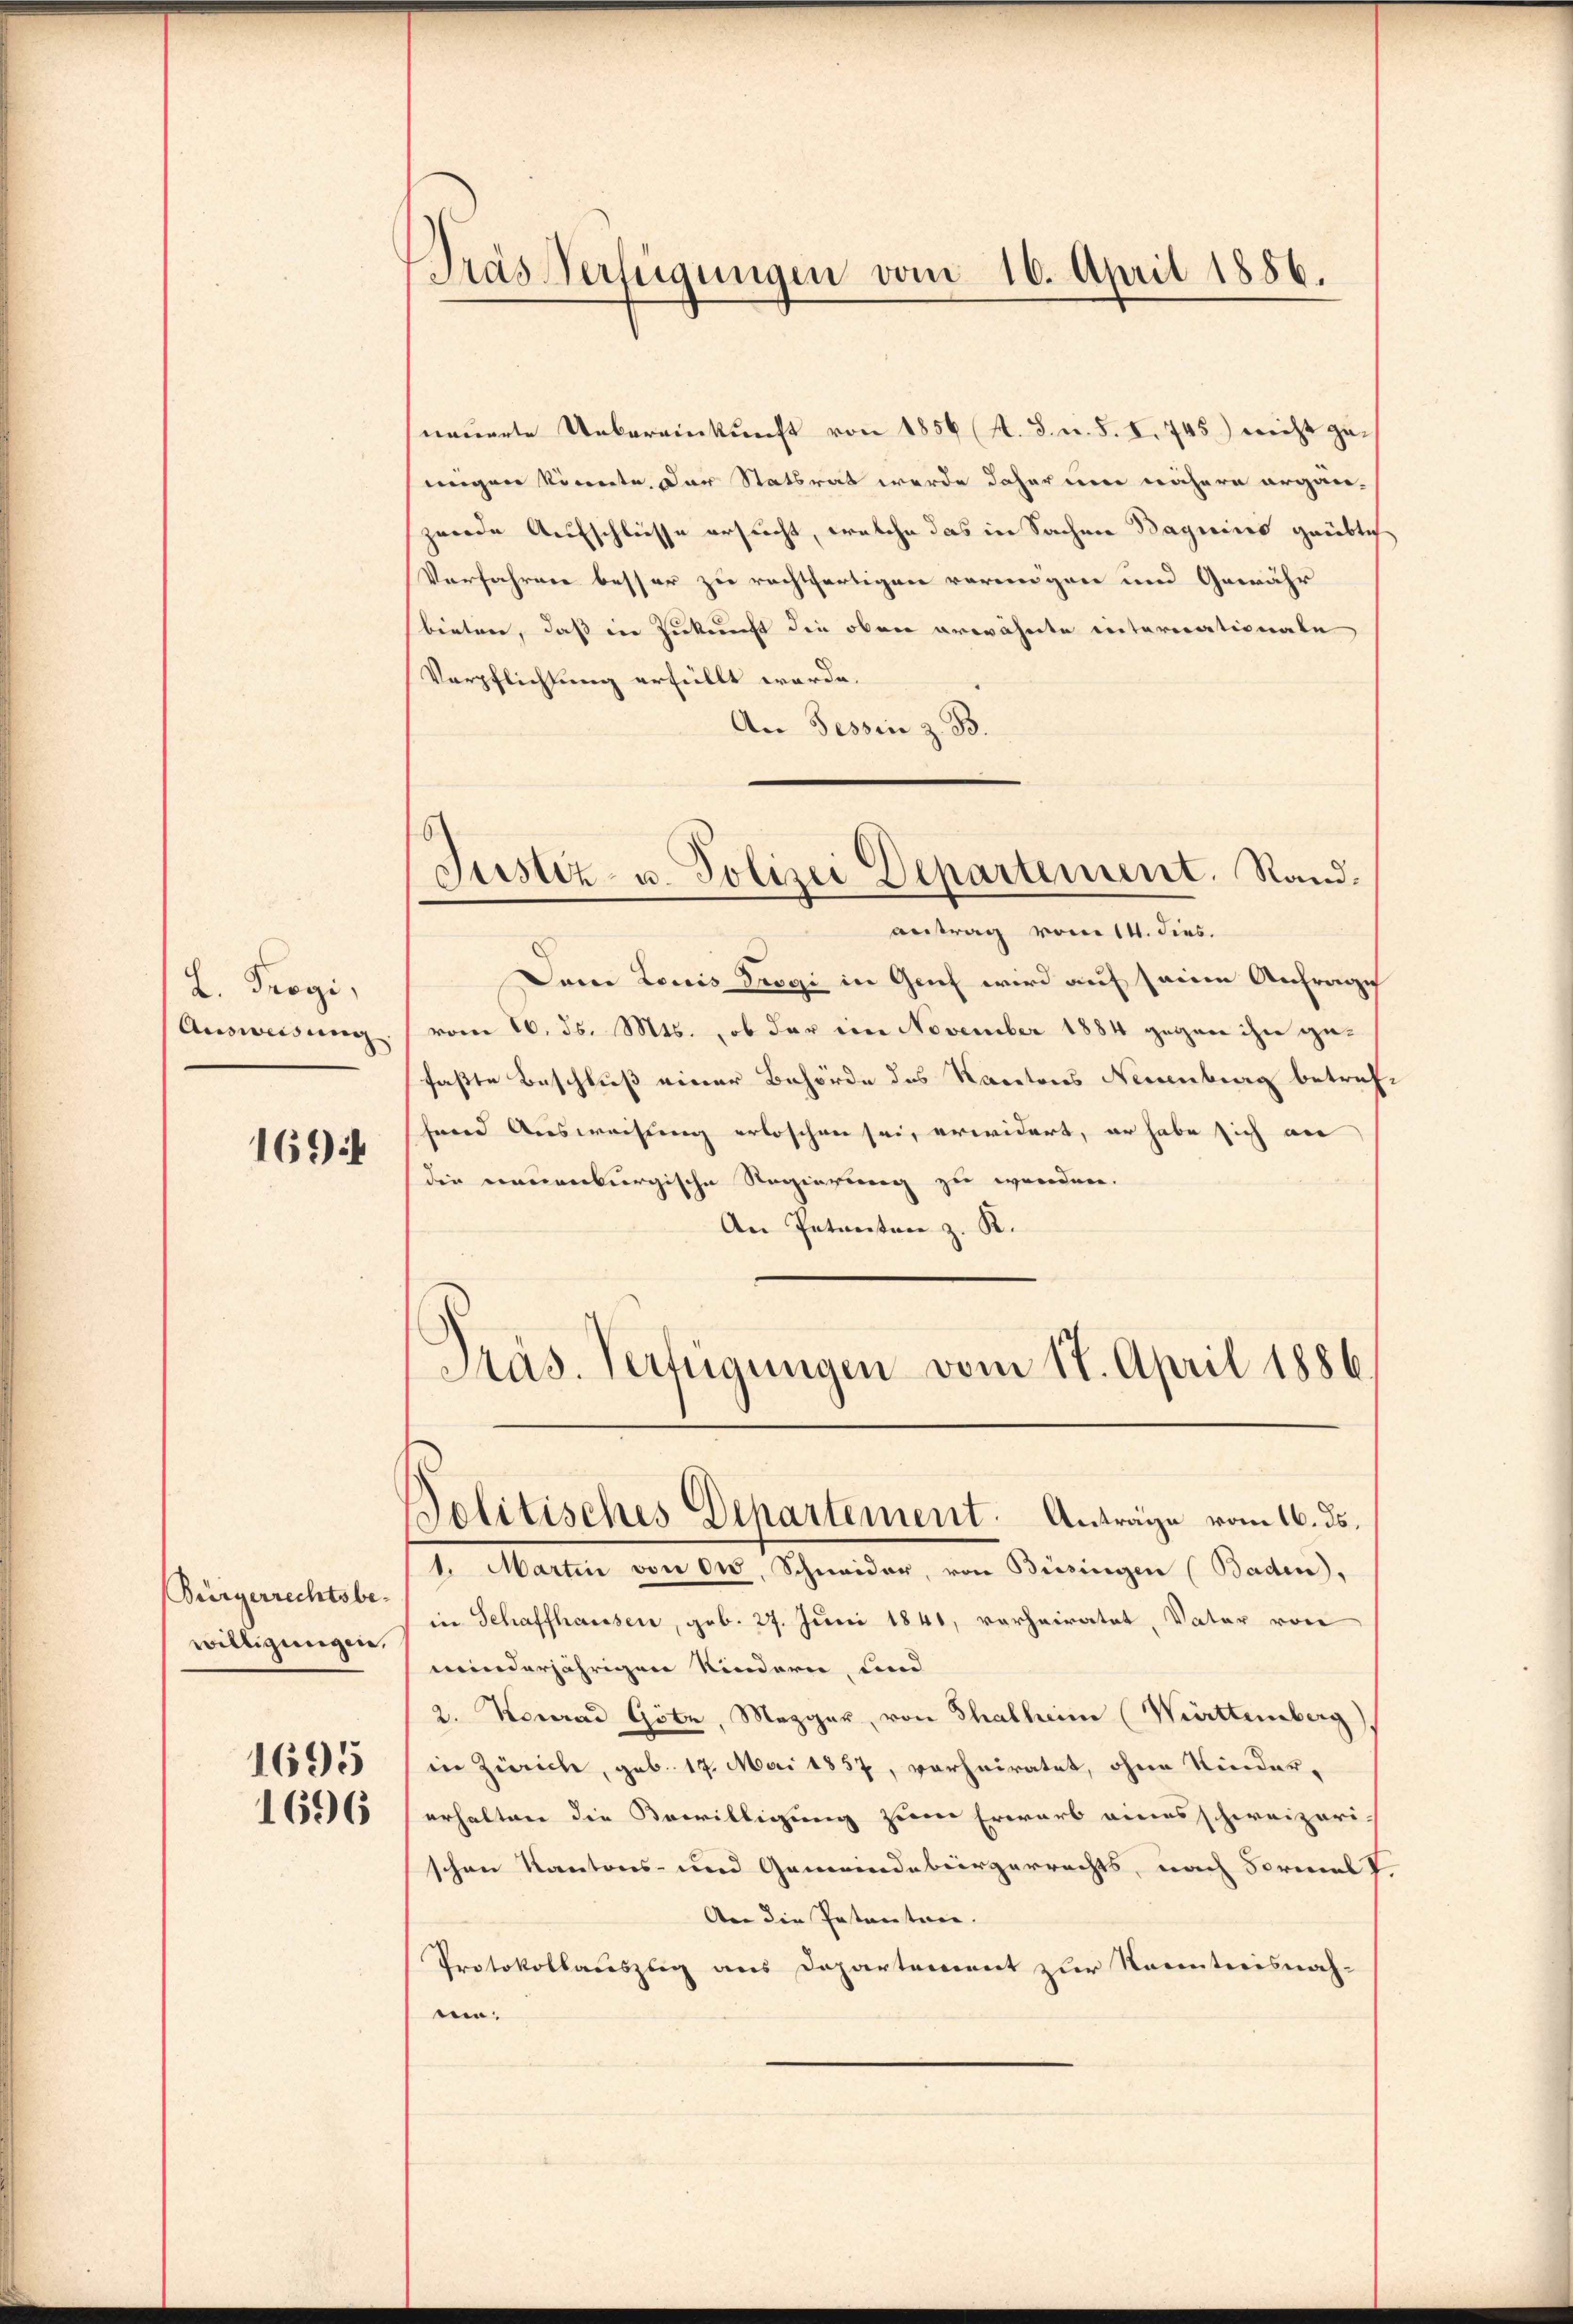
L. Trogi,
Ausweisung

1694

Bürgerrechtsbewilligungen.
1695
1696

Tras Verfügungen vom 16. April 1886.

Justiz- u. Polizei Departement. Rand¬

nauerte Uebereinkunft von 1856 (4. 8. u. S. I. 745) nicht geungen könnte. Der Statsrat werde daher nie nähere organ-
zwerde Aufschliesse ersucht, welche das in Sachen Bageins geübte
Verfahren besser zu rechtfertigen vereinigen und Gewähr
bieten, daß in Zukunft die oben erwähnte internationale
Verpflichtung erfüllt worde.
An Tessin z. B.
antrag vom 14. dies.
Dan Louis Trogi in Guch wird auf seine Anfrage
vom 16. ds. Mts., ob der im November 1884 gegen ihn gefaßte Beschluß einer Behörde des Kantons Neuenburg betrif
fend Ausweisung erloschen sei, erwidert, er habe sich an
die neuenburgische Regierung zu werden.
An Petenten z. R.
Präs. Verfügungen vom 17. April 1886.
Politisches Departement. Anträge vom 16. ds.
1. Martin von 00. Schneider, von Büesingen (Baden,
in Schaffhausen, geb. 27. Juni 1841, verheiratet, Vater von
minderjährigen Kindern, und
2. Vorrad Götz, Mezger, von Thalheim (Württemberg
in Zürich, geb. 17. Mai 1857, vorheiratet, ohne Kinder-
erhalten die Bewilligung zum Erwarb eines schweizeri-
schen Kantons- und Gemeindebürgerrechts, nach Formel
An die Petenten.
Protokollauszug aus Departement zur Kenntnisnah-
ein.